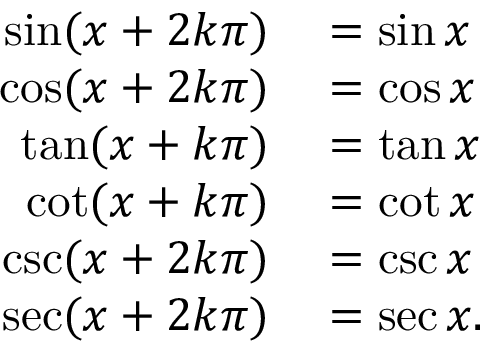
\begin{array} { r l } { \sin ( x + 2 k \pi ) } & { { } = \sin x } \\ { \cos ( x + 2 k \pi ) } & { { } = \cos x } \\ { \tan ( x + k \pi ) } & { { } = \tan x } \\ { \cot ( x + k \pi ) } & { { } = \cot x } \\ { \csc ( x + 2 k \pi ) } & { { } = \csc x } \\ { \sec ( x + 2 k \pi ) } & { { } = \sec x . } \end{array}